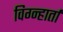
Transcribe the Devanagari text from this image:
विग्न्हार्ता